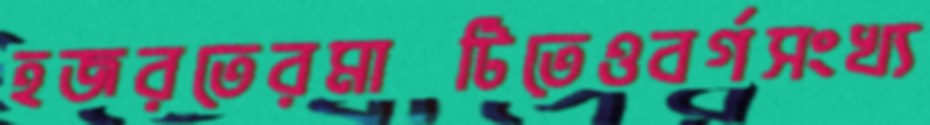
হজরতেরমাটিতেওবর্গসংখ্য